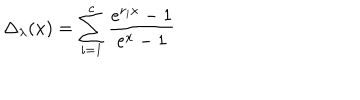
LaTeX: \Delta _ { \lambda } ( x ) = \sum _ { i = 1 } ^ { c } \frac { e ^ { r _ { i } x } - 1 } { e ^ { x } - 1 }